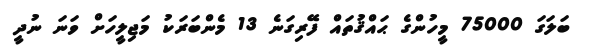
ބަލަގަ 75000 މީހުންގެ ޙައްޤުތައް ފޭރިގަނެ 13 މެންބަރަކު މަޖިލީހަށް ވަނަ ނުދީ